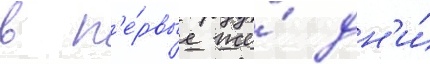
в п'е́рвые же́ дн'и́